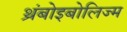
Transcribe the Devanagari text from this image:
थ्रंबोइबोलिज्म